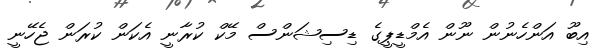
އިބޫ އަންހެނުން ނޫން އެމްޑީޕީގެ ޑިސިޝަންސް މޭކް ކުރާނީ އެކަން ކުރަން ޖެހޭނީ